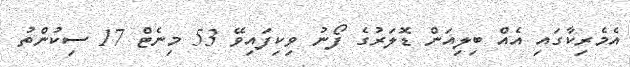
އެމެރިކާގައި އެއް ބިލިއަން ޑޮލަރުގެ ފޯނު ވިކިފައިވޭ 53 މިނެޓް 17 ސިކުންތު